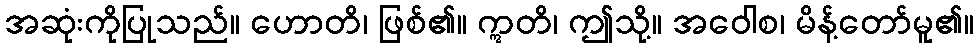
အဆုံးကိုပြုသည်။ ဟောတိ၊ ဖြစ်၏။ ဣတိ၊ ဤသို့။ အဝေါစ၊ မိန့်တော်မူ၏။